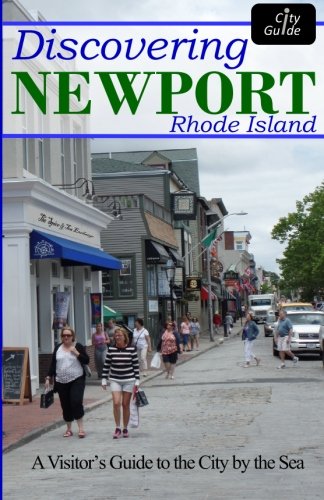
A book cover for Discovering Newport; Burt Jagolinzer; Travel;